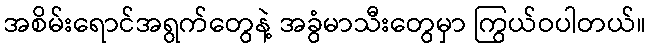
အစိမ်းရောင်အရွက်တွေနဲ့ အခွံမာသီးတွေမှာ ကြွယ်ဝပါတယ်။